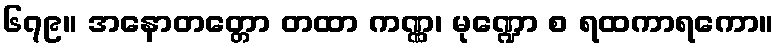
၆၇၉။ အနောတတ္တော တထာ ကဏ္ဏ၊ မုဏ္ဍော စ ရထကာရကော။